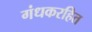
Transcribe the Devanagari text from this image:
गंधकरहित